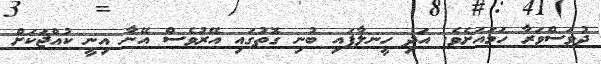
ދުވަސްވަރާ ހަމައަށެވެ. އަދި ހީނލާފައި ބުނި ގޮތުގައި އޭރުވެސް އޭނާ އިނީ ކުއްޖަކަށް